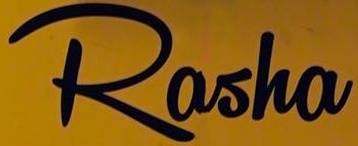
Rasho